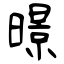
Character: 暻